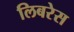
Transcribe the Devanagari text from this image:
लिबरेस